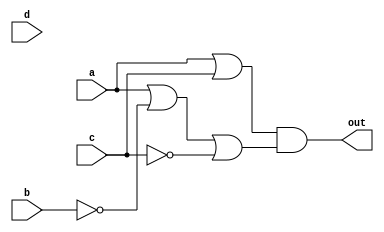
module top_module(
    input a,
    input b,
    input c,
    input d,
    output out  ); 
    
    // treat 'd' as anything you want.
    // assign out = a | ~b&c;
    assign out = (a|c) & (a|~b|~c);
    
endmodule